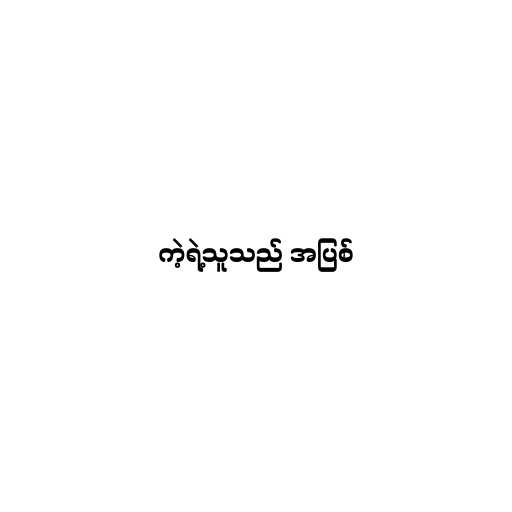
ကဲ့ရဲ့သူသည် အပြစ်